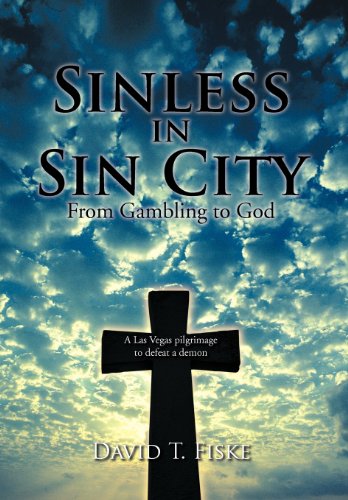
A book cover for Sinless in Sin City: From Gambling to God; David T. Fiske; Health, Fitness & Dieting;